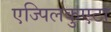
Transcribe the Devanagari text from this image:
एज्पिलकुएटा